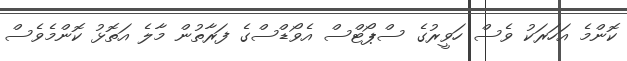
ކޮންމެ އަހަރަކު ވެސް ހަވީރުގެ ސްޕޯޓްސް އެވޯޑްސްގެ ފަރާތުން މާލެ އަތޮޅު ކޮންމެވެސް